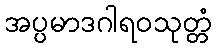
အပ္ပမာဒဂါရဝသုတ္တံ